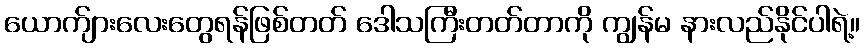
ယောက်ျားလေးတွေရန်ဖြစ်တတ် ဒေါသကြီးတတ်တာကို ကျွန်မ နားလည်နိုင်ပါရဲ့။